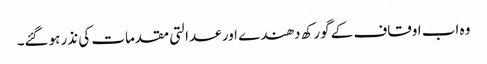
وہ اب اوقاف کے گورکھ دھندے اور عدالتی مقدمات کی نذر ہوگئے۔